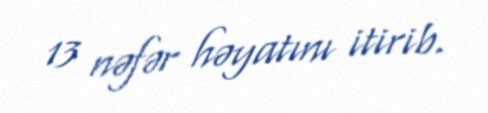
13 nəfər həyatını itirib.